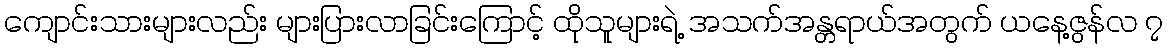
ကျောင်းသားများလည်း များပြားလာခြင်းကြောင့် ထိုသူများရဲ့ အသက်အန္တရာယ်အတွက် ယနေ့ဇွန်လ ၇